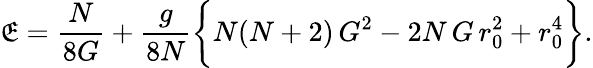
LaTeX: \mathfrak{E}=\frac{{N}}{{8G}}+\frac{{g}}{{8N}}\biggl\{ N(N+2)\, G^{2}-2N\, G\, r_{0}^{2}+r_{0}^{4}\biggr\} .